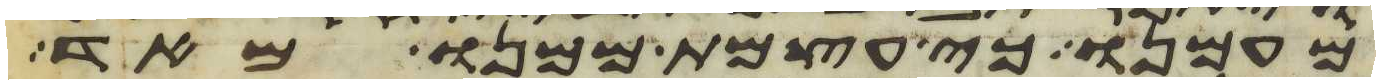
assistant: מעמנו כי עצמת ממנו מאד